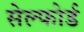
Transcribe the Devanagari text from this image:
सेल्फोर्ड